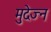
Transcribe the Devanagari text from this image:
मुदेज्न